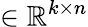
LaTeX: \in\mathbb{R}^{k\times n}